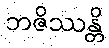
ဘဇိဿန္တိ